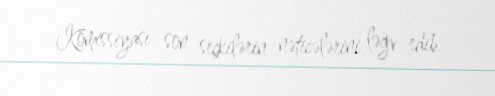
Komissiyası son seçkilərin nəticələrini ləğv edib.